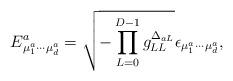
LaTeX: \begin{align*}E^a_{\mu_1^a\cdots\mu_{d}^a}= \sqrt{-\prod_{L=0}^{D-1}g_{LL}^{\Delta_{aL}}} \epsilon_{\mu_1^a\cdots\mu_{d}^a},\end{align*}